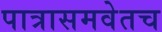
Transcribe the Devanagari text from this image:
पात्रासमवेतच